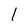
Character: l